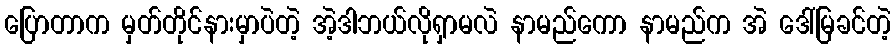
ပြောတာက မှတ်တိုင်နားမှာပဲတဲ့ အဲ့ဒါဘယ်လိုရှာမလဲ နာမည်ကော နာမည်က အဲ ဒေါ်မြခင်တဲ့